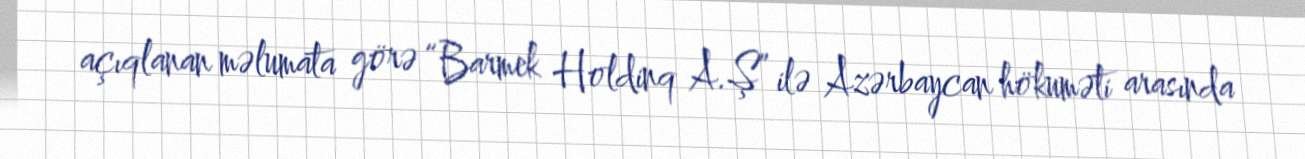
açıqlanan məlumata görə “Barmek Holdinq A.Ş” ilə Azərbaycan hökuməti arasında